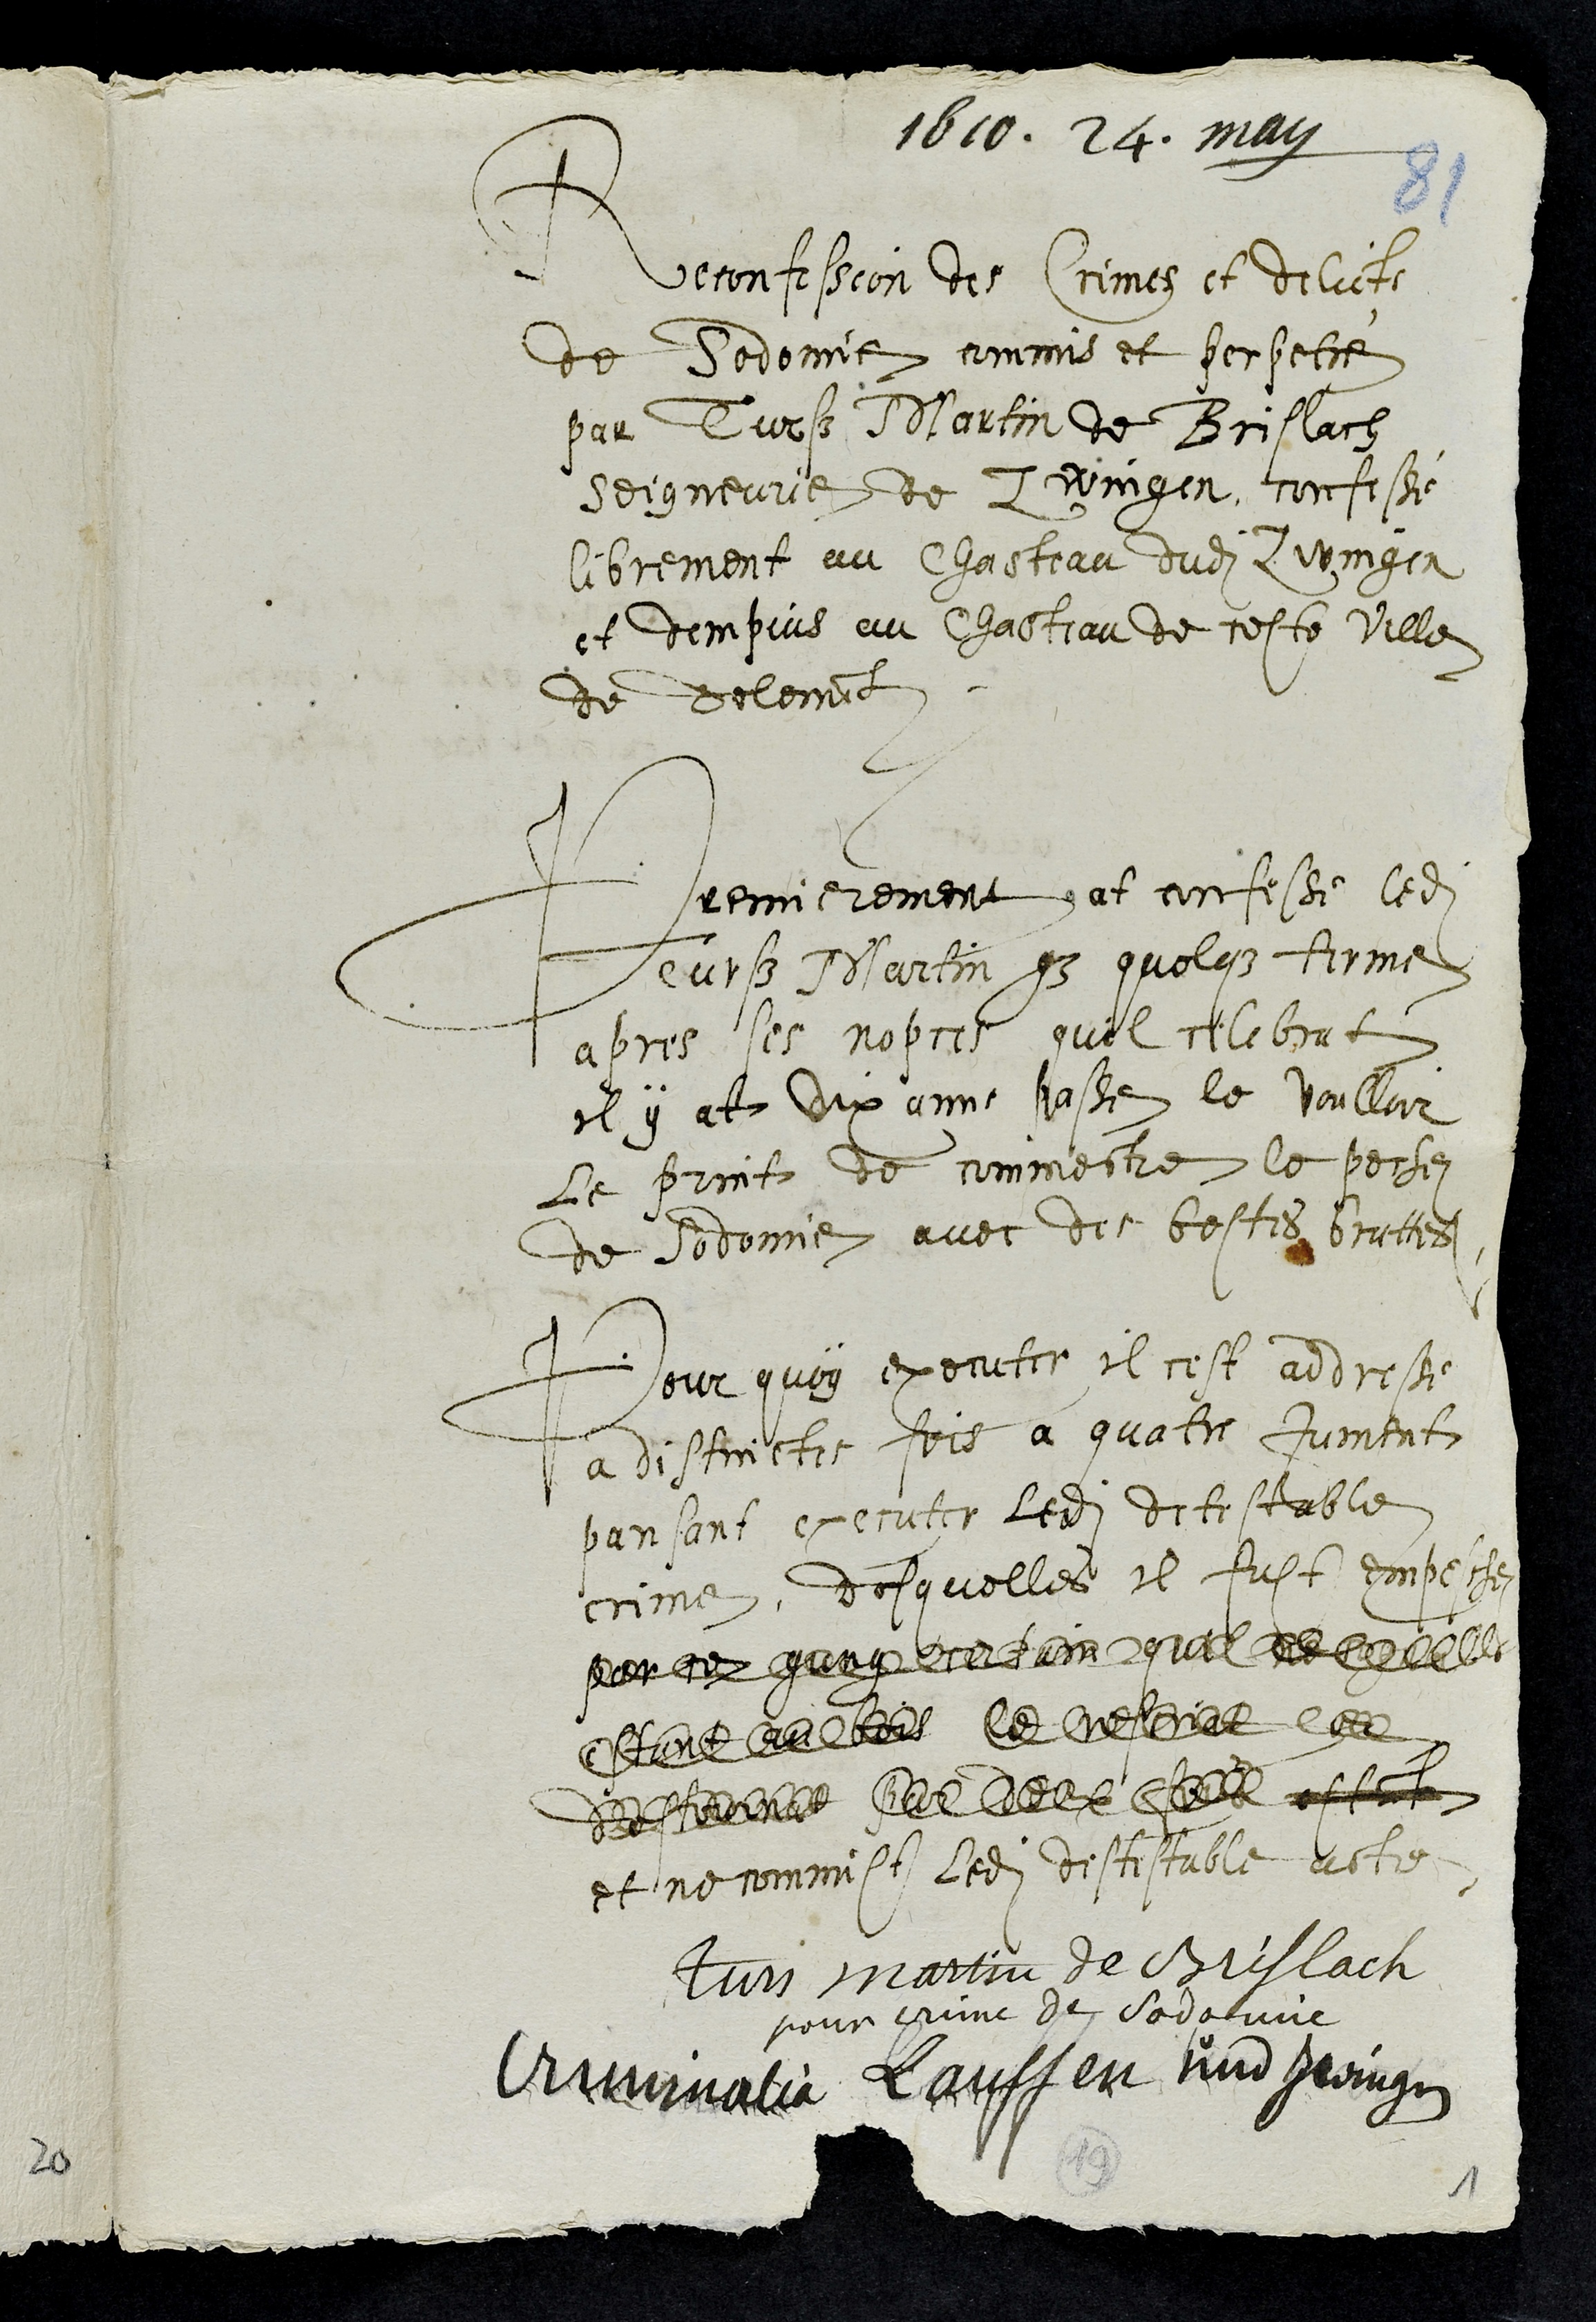
1610. 24. May
Reconfession des Crimes et delicts
de Sodomie commis et perpetré
par Turs Martin de Brislach
Seigneurie de Zwingen, confessé
librement au Chasteau dudit Zwingen
et dempuis au Chasteau de ceste ville
de Delemont
Premierement at confesse ledit
Turs Martin que quelque terme
apres ses nopces quil celebrat
il y at dix anne passe le voulloir
le print de commectre le pechez
de Sodomie avec des bestes bruttes
Pour quoy executer il cest addresse
a distinctes fois a quatre juments
pansant executer ledit detestable
crime, desquelles il fust empesche
pense que il ne
ne le relier les
de ber le elles estant
et ne commist ledit destestable acte
turs martin de Brislach
pour crime de sodomie
Criminalia Lauffen und Zwingen
19
1